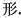
形.